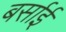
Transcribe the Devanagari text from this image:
बर्साई